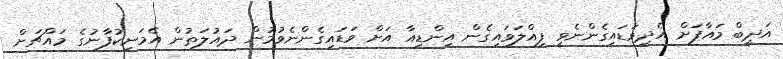
އަދީބް މައާފަށް އެދިވަޑައިގެންނެވީ ފިއްލަވައިގެން އިންޑިއާ އަށް ވަޑައިގެންނެވުމުން ދައުލަތުން އެމަނިކުފާނުގެ މައްޗަށް